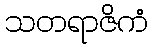
သတရာဇိကံ